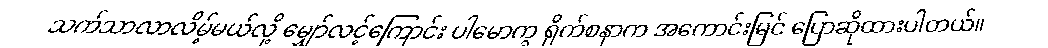
သက်သာလာလိမ့်မယ်လို့ မျှော်လင့်ကြောင်း ပါမောက္ခ ရိုက်စနာက အကောင်းမြင် ပြောဆိုထားပါတယ်။